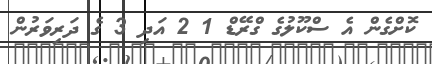
ކޮށްގެން އެ ސްކޫލުގެ ގްރޭޑް 1 2 އަދި 3 ގެ ދަރިވަރުން